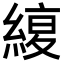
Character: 𦂊